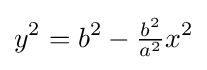
y^{2}=b^{2}-{\tfrac {b^{2}}{a^{2}}}x^{2}